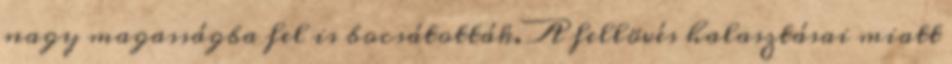
nagy magasságba fel is bocsátották. A fellövés halasztásai miatt